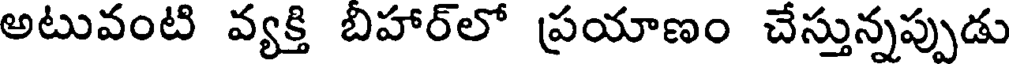
అటువంటి వ్యక్తి బిహార్లో ప్రయాణం చేస్తున్నప్పుడు